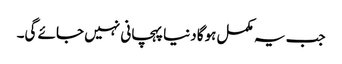
جب یہ مکمل ہوگا دنیا پہچانی نہیں جائے گی۔